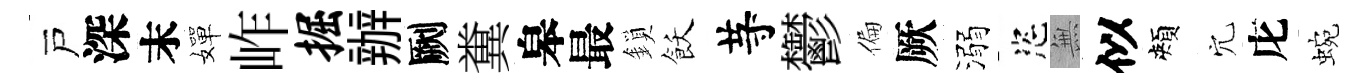
戸深末嬋岞掘辦劂糞皋最鎖飫䒭鬱偏厥溺恣𭴾似頰穴庀蜿